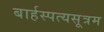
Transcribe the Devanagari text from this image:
बार्हस्पत्यसूत्रम